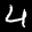
Label: 4